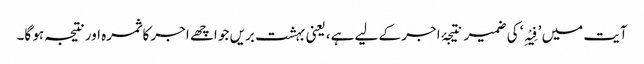
آیت میں ’فِیْہِ‘ کی ضمیر نتیجۂ اجر کے لیے ہے، یعنی بہشت بریں جو اچھے اجر کا ثمرہ اور نتیجہ ہو گا۔